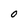
Character: O